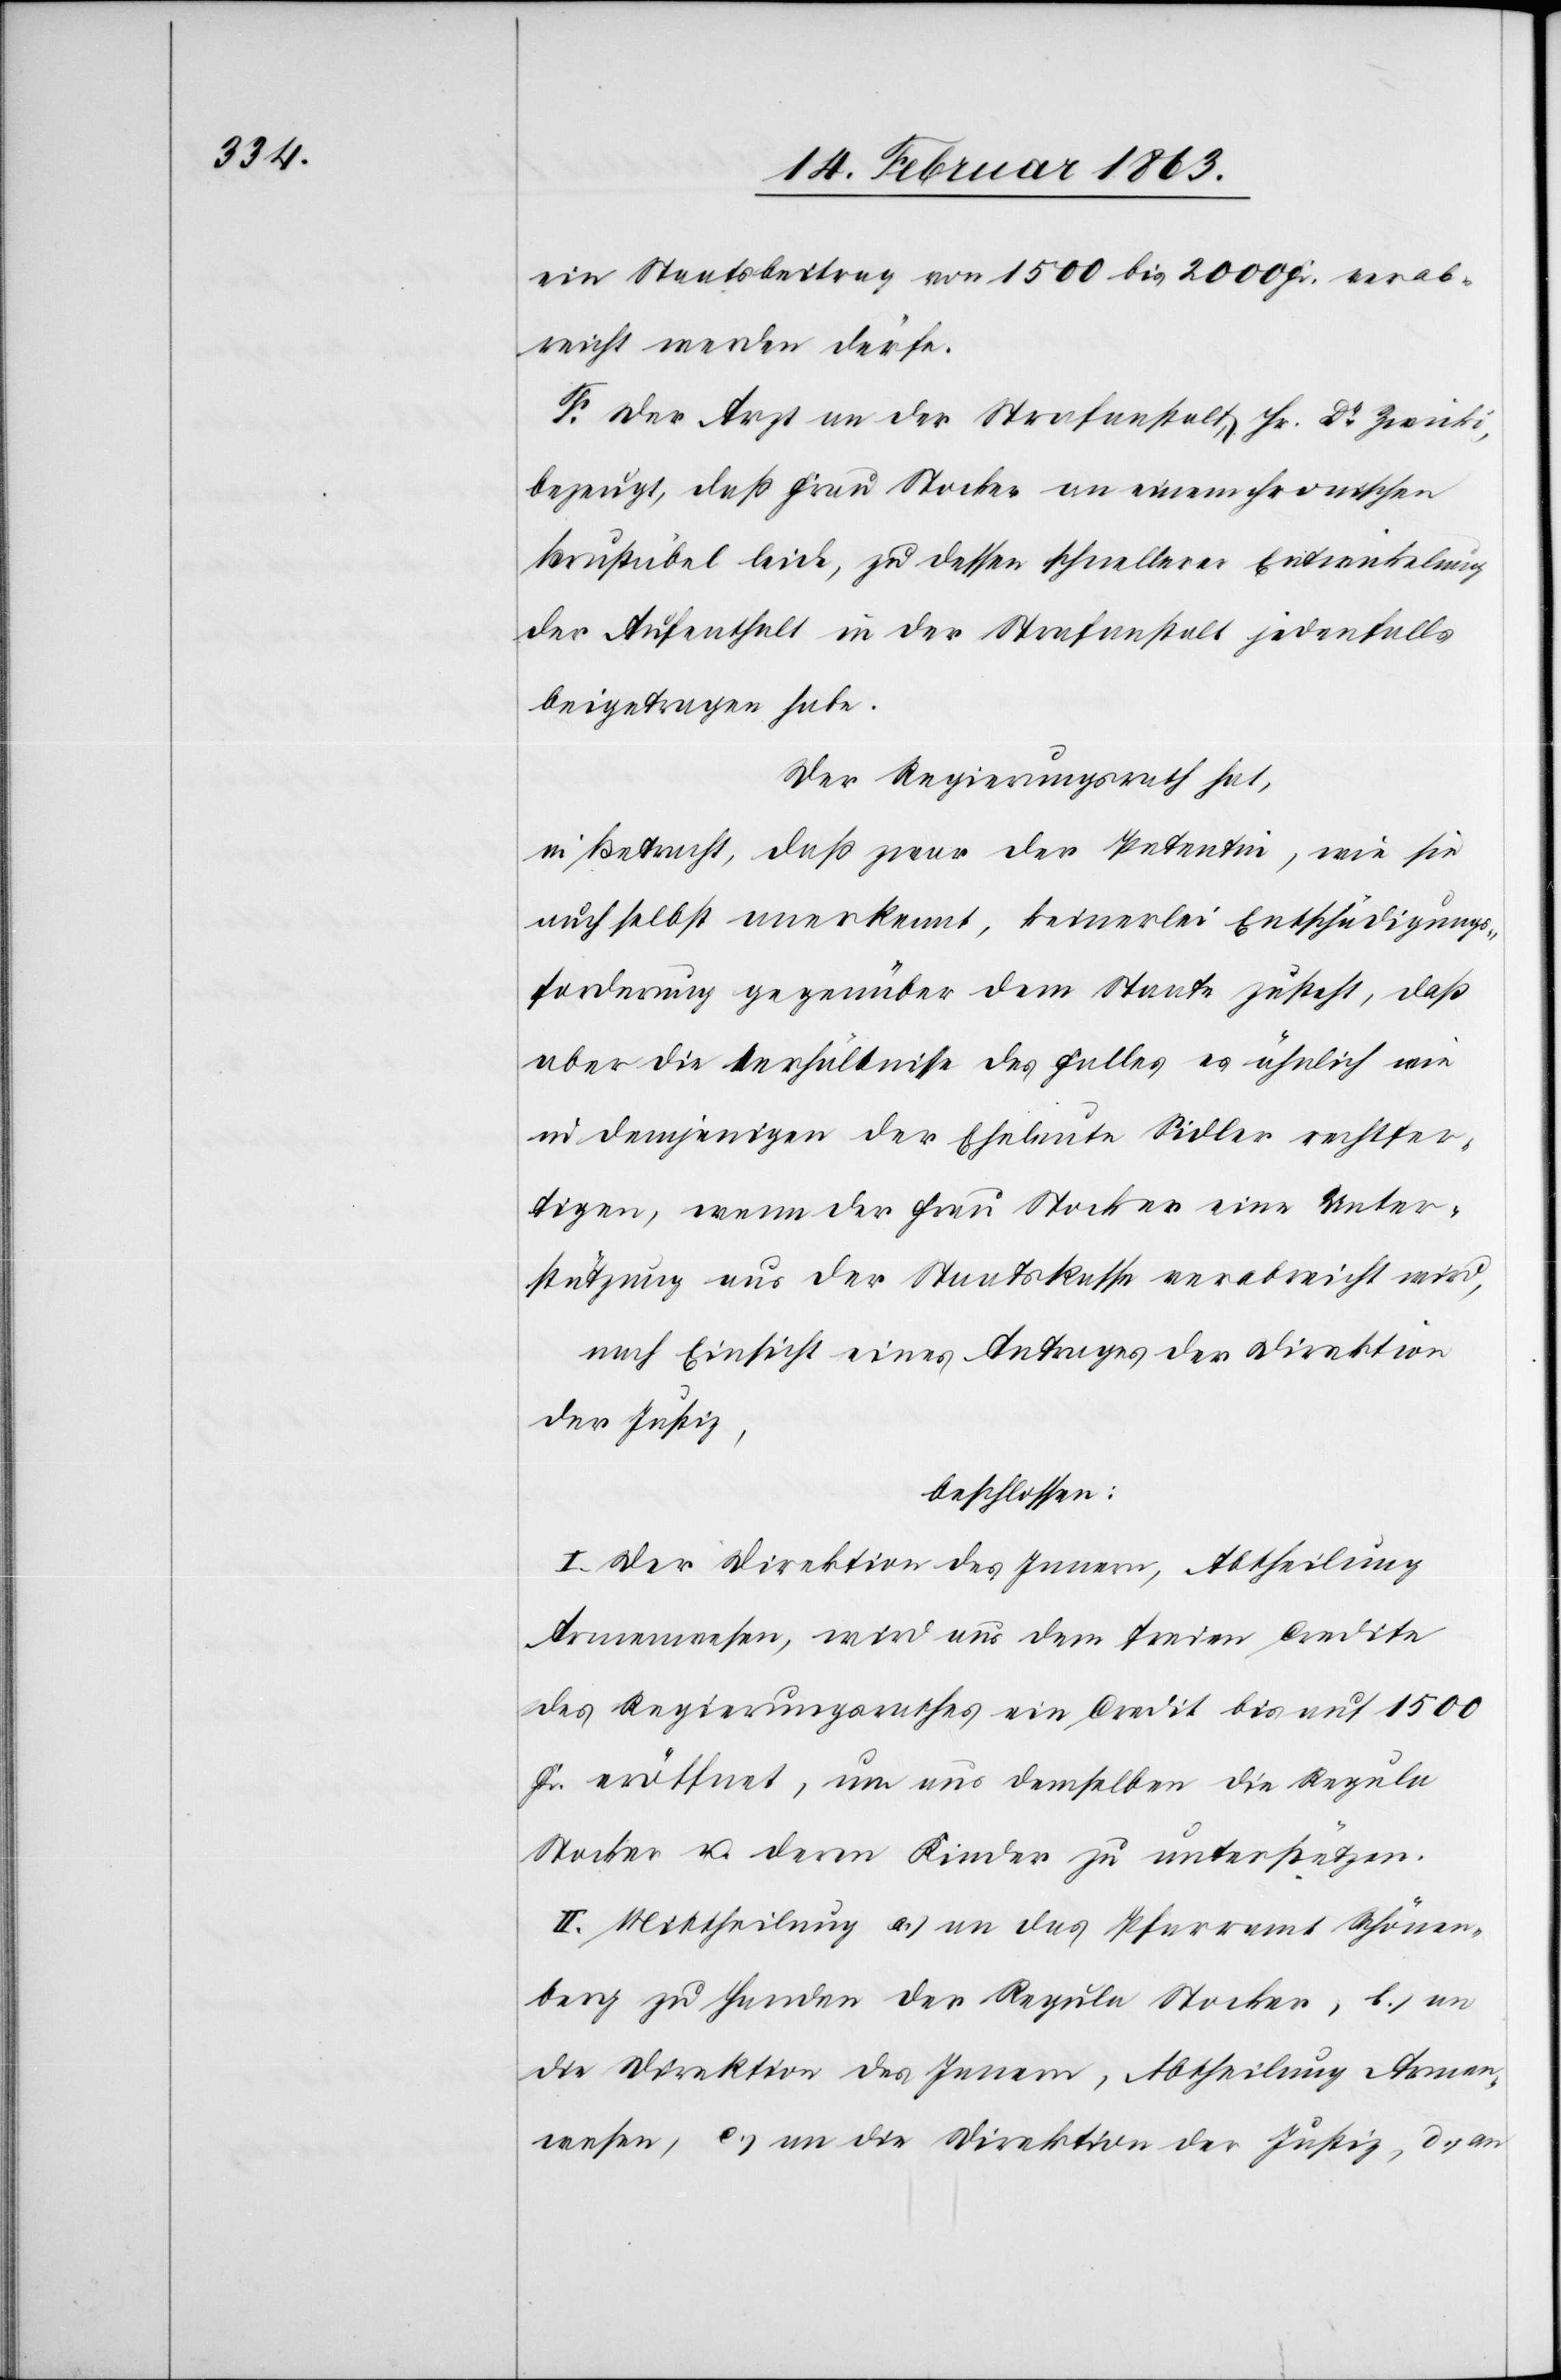
ein Staatsbeitrag von 1500 bis 2000 Fr. verab¬
reicht werden dürfe.
F. Der Arzt an der Strafanstalt, Hr. Dr Zwicki,
bezeugt, daß Frau Stocker an einem chronischen
Brustübel leide, zu dessen schnellerer Entwicklung
der Aufenthalt in der Strafanstalt jedenfalls
beigetragen habe.
Der Regierungsrath hat,
in Betracht, daß zwar der Petentin, wie sie
auch selbst anerkennt, keinerlei Entschädigungs¬
forderung gegenüber dem Staate zusteht, daß
aber die Verhältnisse des Falles es ähnlich wie
in demjenigen der Eheleute Sidler rechtfer¬
tigen, wenn der Frau Stocker eine Unter¬
stützung aus der Staatskasse verabreicht wird,
nach Einsicht eines Antrages der Direktion
der Justiz,
beschlossen:
I. Der Direktion des Innern, Abtheilung
Armenwesen, wird aus dem freien Credite
des Regierungsrathes ein Credit bis auf 1500
Fr. eröffnet, um aus demselben die Regula
Stocker u. deren Kinder zu unterstützen.
II. Mittheilung a.) an das Pfarramt Schönen¬
berg zu Handen der Regula Stocker, b.) an
die Direktion des Innern, Abtheilung Armen¬
wesen, c.) an die Direktion der Justiz, d.) an